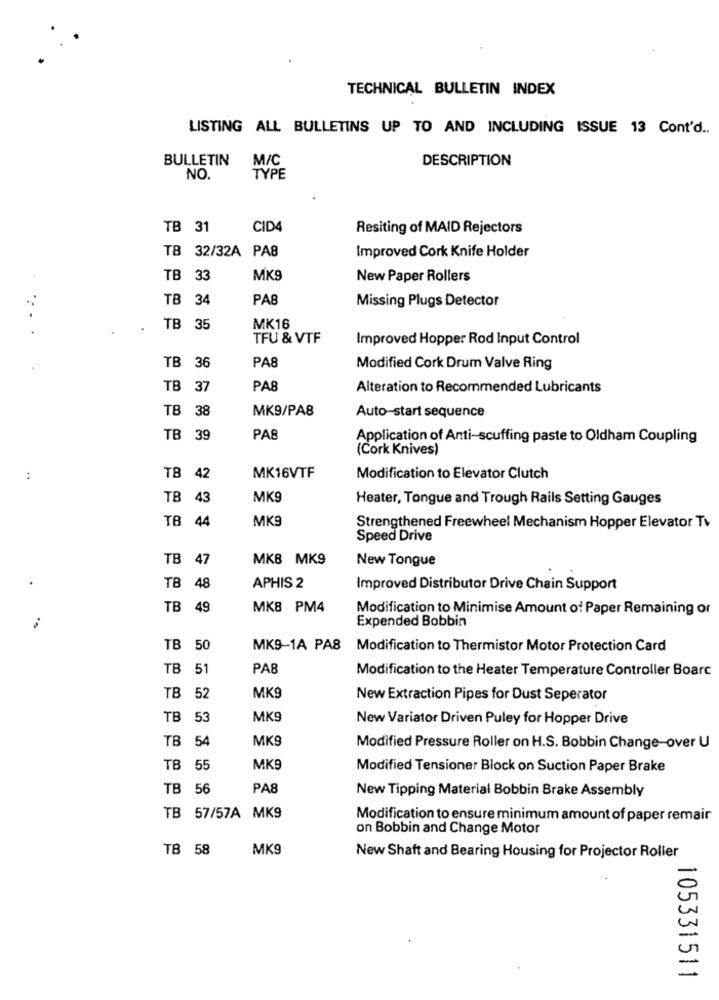
TECHNICAL BULLETIN INDEX
LISTING ALL BULLETINS UP TO AND INCLUDING ISSUE 13 Cont'd ..
BULLETIN
M/C
DESCRIPTION
NO.
TYPE
TB 31
CID4
Resiting of MAID Rejectors
TB 32/32A PA8
Improved Cork Knife Holder
TB 33
MK9
New Paper Rollers
TB 34
PA8
Missing Plugs Detector
. .
TB 35
MK16
TFU & VTF
Improved Hopper Rod Input Control
PA8
TB 36
Modified Cork Drum Valve Ring
TB 37
PA8
Alteration to Recommended Lubricants
TB 38
MK9/PA8
Auto-start sequence
TB 39
PA8
Application of Anti-scuffing paste to Oldham Coupling
(Cork Knives)
MK16VTF
:
TB 42
Modification to Elevator Clutch
TB 43
MK9
Heater, Tongue and Trough Rails Setting Gauges
MK9
TB 44
Strengthened Freewheel Mechanism Hopper Elevator Ti
Speed Drive
TB 47
MKB MK9
New Tongue
TB 48
APHIS 2
Improved Distributor Drive Chain Support
TB 49
MK8 PM4
Modification to Minimise Amount of Paper Remaining or
Expended Bobbin
TB 50
MK9-1A PAS Modification to Thermistor Motor Protection Card
TB 51
PA8
Modification to the Heater Temperature Controller Boarc
TB 52
MK9
New Extraction Pipes for Dust Seperator
TB 53
MK9
New Variator Driven Puley for Hopper Drive
TB 54
MK9
Modified Pressure Roller on H.S. Bobbin Change-over U
TB 55
MK9
Modified Tensioner Block on Suction Paper Brake
TB 56
PA8
New Tipping Material Bobbin Brake Assembly
TB 57/57A MK9
Modification to ensure minimum amount of paper remair
on Bobbin and Change Motor
TB 58
MK9
New Shaft and Bearing Housing for Projector Roller
105331511